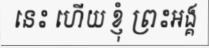
នេះ ហើយ ខ្ញុំ ព្រះអង្គ